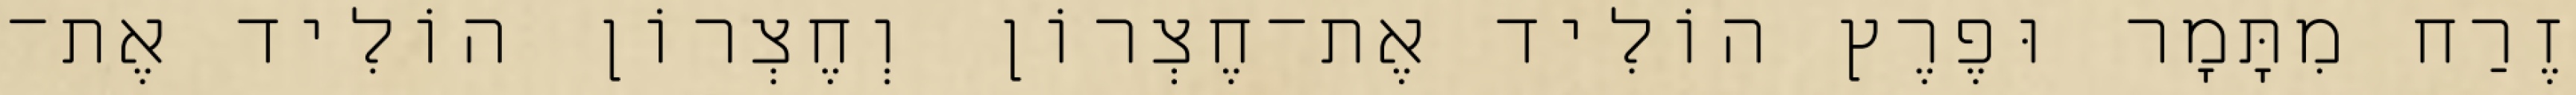
זֶרַח מִתָּמָר וּפֶרֶץ הוֹלִיד אֶת־חֶצְרוֹן וְחֶצְרוֹן הוֹלִיד אֶת־